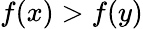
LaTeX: f\! \left(x\right)>f\! \left(y\right)